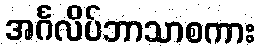
အင်္ဂလိပ်ဘာသာစကား